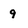
Character: 9